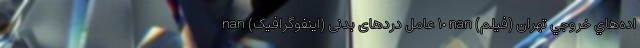
اده‌هاي خروجي تهران (فیلم) nan ١٠ عامل دردهای بدنی (اینفوگرافیک) nan